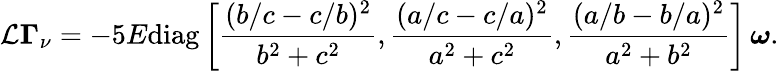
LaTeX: \mathcal{L}\boldsymbol{\Gamma}_{\nu}=-5E\mathrm{diag}\left[\frac{(b/c-c/b)^{2}}{b^{2}+c^{2}},\frac{(a/c-c/a)^{2}}{a^{2}+c^{2}},\frac{(a/b-b/a)^{2}}{a^{2}+b^{2}}\right]\, \boldsymbol{\omega}.